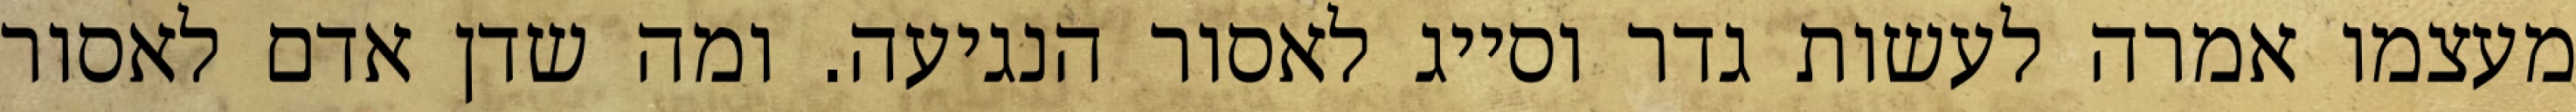
מעצמו אמרה לעשות גדר וסייג לאסור הנגיעה. ומה שדן אדם לאסור